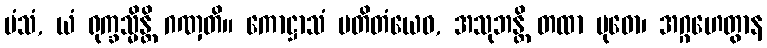
မံသံ, ယံ ရုက္ခသ္မိန္တိ ဂဏှတိ။ ကောဋ္ဌာသံ ပတိတံယေဝ, အသုဘန္တိ တထာ ဗုဓော၊ အဂ္ဂဟေတွာန